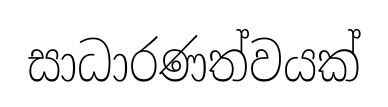
සාධාරණත්වයක්